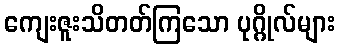
ကျေးဇူးသိတတ်ကြသော ပုဂ္ဂိုလ်များ